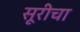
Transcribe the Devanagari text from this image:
सूरीचा